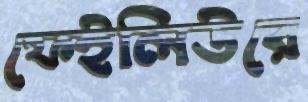
ফেইলিউরে